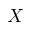
X